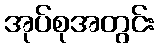
အုပ်စုအတွင်း